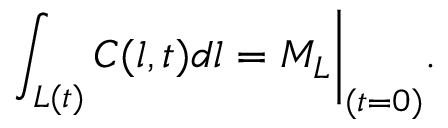
\int _ { L ( t ) } { C ( l , t ) d l } = M _ { L } \bigg | _ { ( t = 0 ) } .